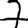
Digit: 7